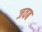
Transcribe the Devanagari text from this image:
जवब